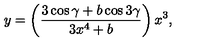
y = \left( \frac { 3 \cos \gamma + b \cos 3 \gamma } { 3 x ^ { 4 } + b } \right) x ^ { 3 } ,